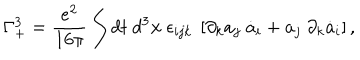
LaTeX: \Gamma _ { + } ^ { 3 } = \frac { e ^ { 2 } } { 1 6 \pi } \int d t ~ d ^ { 3 } { \bf x } ~ \epsilon _ { i j k } ~ \left[ \partial _ { k } a _ { j } ~ \dot { a } _ { i } + a _ { j } ~ \partial _ { k } \dot { a } _ { i } \right] ,